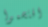
اقتحموا